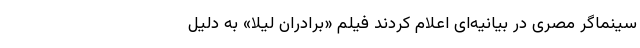
سینماگر مصری در بیانیه‌ای اعلام کردند فیلم «برادران لیلا» به دلیل